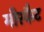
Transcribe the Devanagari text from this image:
मीरकैट